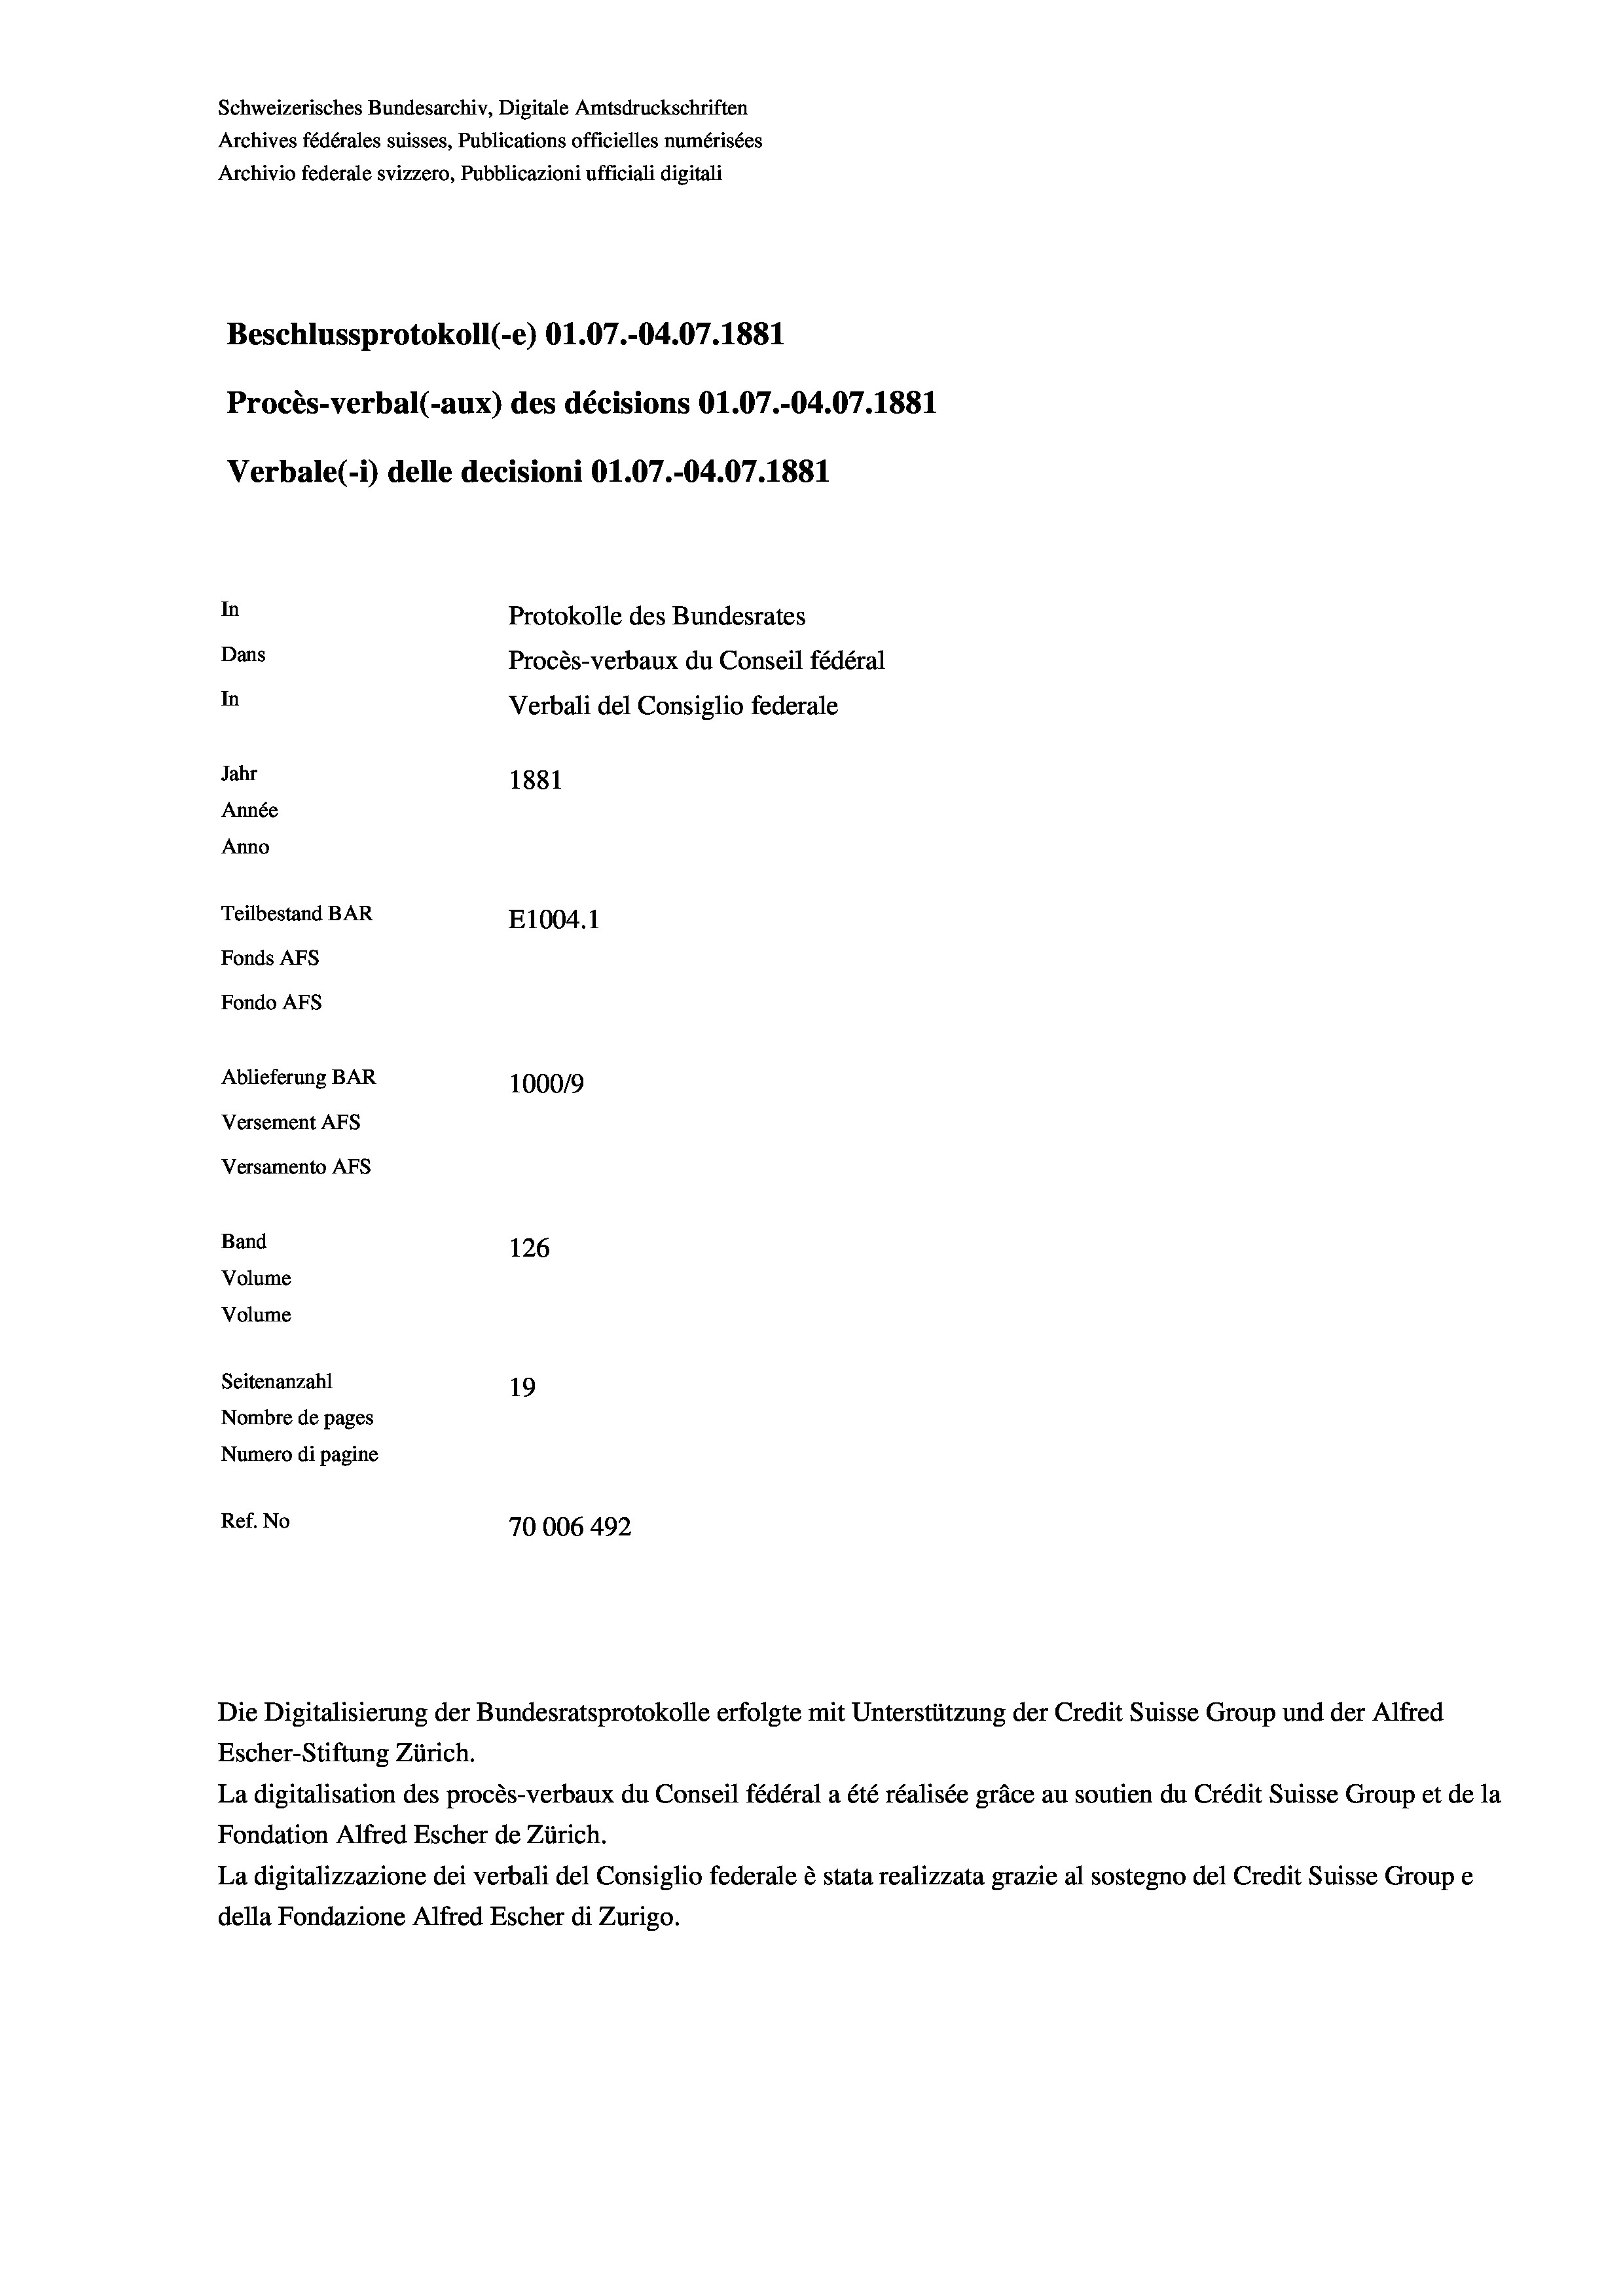
Schweizerisches Bundesarchiv, Digitale Amtsdruckschriften
Archives fédérales suisses, Publications officielles numérisées
Archivio federale svizzero, Pubblicazioni ufficiali digitali
Beschlussprotokoll (-e) 01.07.-04.07. 1881
Procès-verbal (-aux) des décisions O1.07.-04.07.1881
Verbale(-*) delle decisioni O1.07.-04.07. 1881
In
Protokolle des Bundesrates
Dans
Procès-verbaux du Conseil fédéral
In
Verbali del Consiglio federale
Jahr
1881
Année
Anno
Teilbestand BAR
E1004. 1
Fonds AFs
Fondo Afs
Ablieferung BAR
100019
Versement AFs
Versamento Afs
Band
126
Volume
Volume
Seitenanzahl
19
Nombre de pages
Numero di pagine
Ref. No
70006 492

Die Digitalisierung der Bundesratsprotokolle erfolgte mit Unterstützung der Credit Suisse Group und der Alfred
Escher-Stiftung Zürich.
La digitalisation des procès-verbaux du Conseil fédéral a été réalisée gräce au soutien du Crédit Suisse Group et de la
Fondation Alfred Escher de Zürich.
La digitalizzazione dei verbali del Consiglio federale è stata realizzata grazie al sostegno del Credit Suisse Groupe
della Fondazione Alfred Escher di Zurigo.